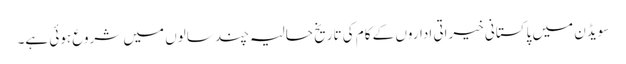
سویڈن میں پاکستانی خیراتی اداروں کے کام کی تاریخ حالیہ چند سالوں میں شروع ہوئی ہے۔